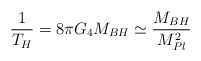
\begin{align*}\frac{1}{T_H}=8\pi G_4M_{BH} \simeq \frac{M_{BH}}{M_{Pl}^2}\end{align*}